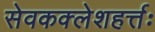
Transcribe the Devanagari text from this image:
सेवकक्लेशहर्त्तः